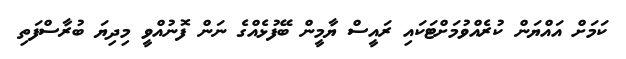
ކަމަށް އައްޔަން ކުރެއްވުމަށްޓަކައި ރައީސް ޔާމީން ބޭފުޅެއްގެ ނަން ފޮނުއްވީ މިދިޔަ ބުރާސްފަތި